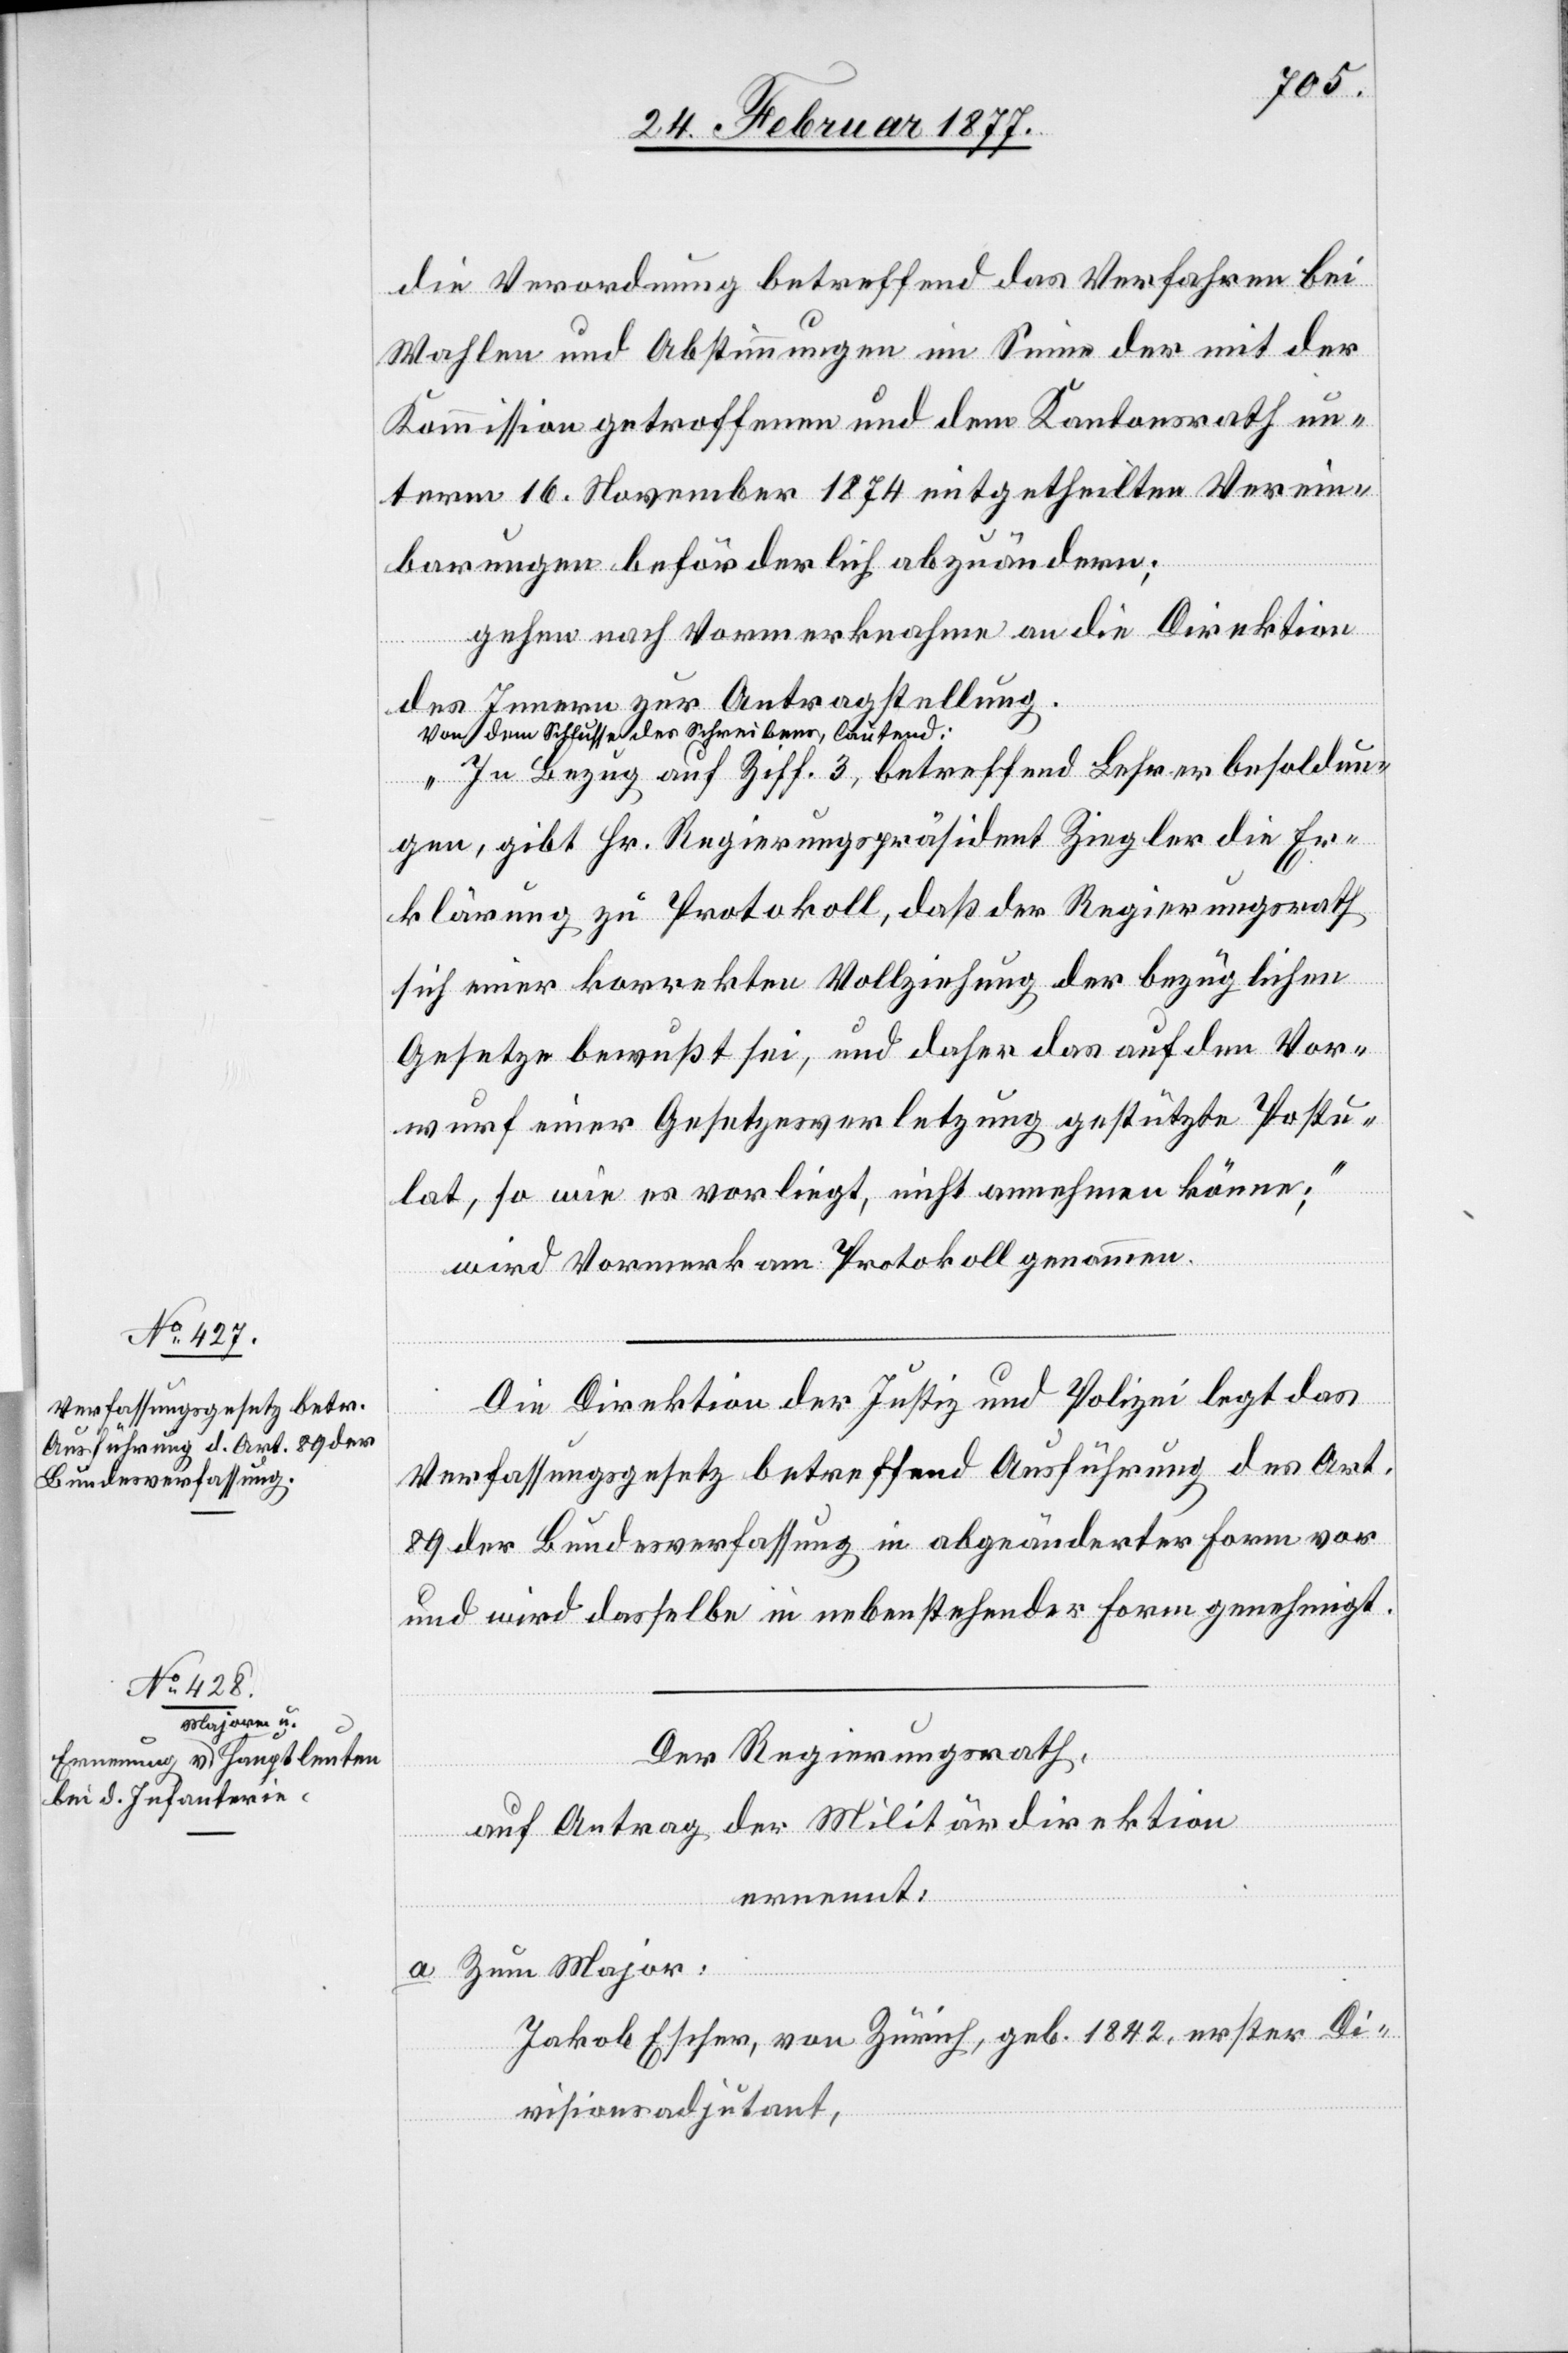
die Verordnung betreffend das Verfahren bei
Wahlen und Abstimmungen im Sinne der mit der
Kommission getroffenen und dem Kantonsrath un¬
term 16. November 1874 mitgetheilten Verein¬
barungen beförderlich abzuändern;
gehen nach Vormerknahme an die Direktion
des Innern zu Antragstellung.
a-Von dem Schlusse des Schreibens, lautend:-a
„In Bezug auf Ziff. 3, betreffend Lehrerbesoldun¬
gen, gibt Hr. Regierungspräsident Ziegler die Er¬
klärung zu Protokoll, daß der Regierungsrath
sich einer korrekten Vollziehung der bezüglichen
Gesetze bewußt sei, und daher das auf den Vor¬
wurf einer Gesetzesverletzung gestützte Postu¬
lat, so wie es vorliegt, nicht annehmen könne;“
wird Vormerk am Protokoll genommen.
Die Direktion der Justiz und Polizei legt das
Verfassungsgesetz betreffend Ausführung des Art.
89 der Bundesverfassung in abgeänderter Form vor
und wird dasselbe in nebenstehender Form [s. O.] genehmigt.
Der Regierungsrath,
auf Antrag der Militärdirektion,
ernennt:
a. Zum Major:
Jakob Escher, von Zürich, geb. 1842, erster Di¬
visionsadjutant,